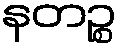
နတဉ္စ